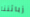
زبائننا